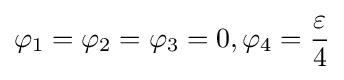
\varphi _{1}=\varphi _{2}=\varphi _{3}=0,\varphi _{4}={\frac {\varepsilon }{4}}